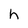
Character: h